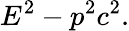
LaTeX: E^{2}-p^{2}c^{2}.